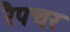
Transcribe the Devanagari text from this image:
रैपचर